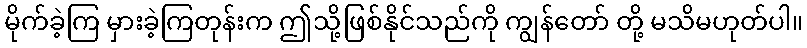
မိုက်ခဲ့ကြ မှားခဲ့ကြတုန်းက ဤသို့ဖြစ်နိုင်သည်ကို ကျွန်တော် တို့ မသိမဟုတ်ပါ။